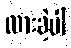
ထားခဲ့ပါ